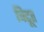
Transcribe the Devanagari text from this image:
विद्दूत